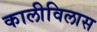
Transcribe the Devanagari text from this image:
कालीविलास